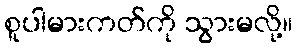
စူပါမားကတ်ကို သွားမလို့။